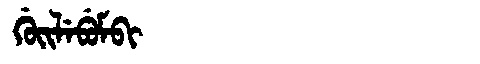
Manchu: ᡤᡠᡳᠯᡝᠪᡠᠮᠪᡳ
Romanization: GUILEBUMBI